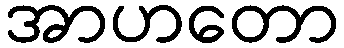
အာဟတော